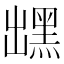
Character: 𪐽